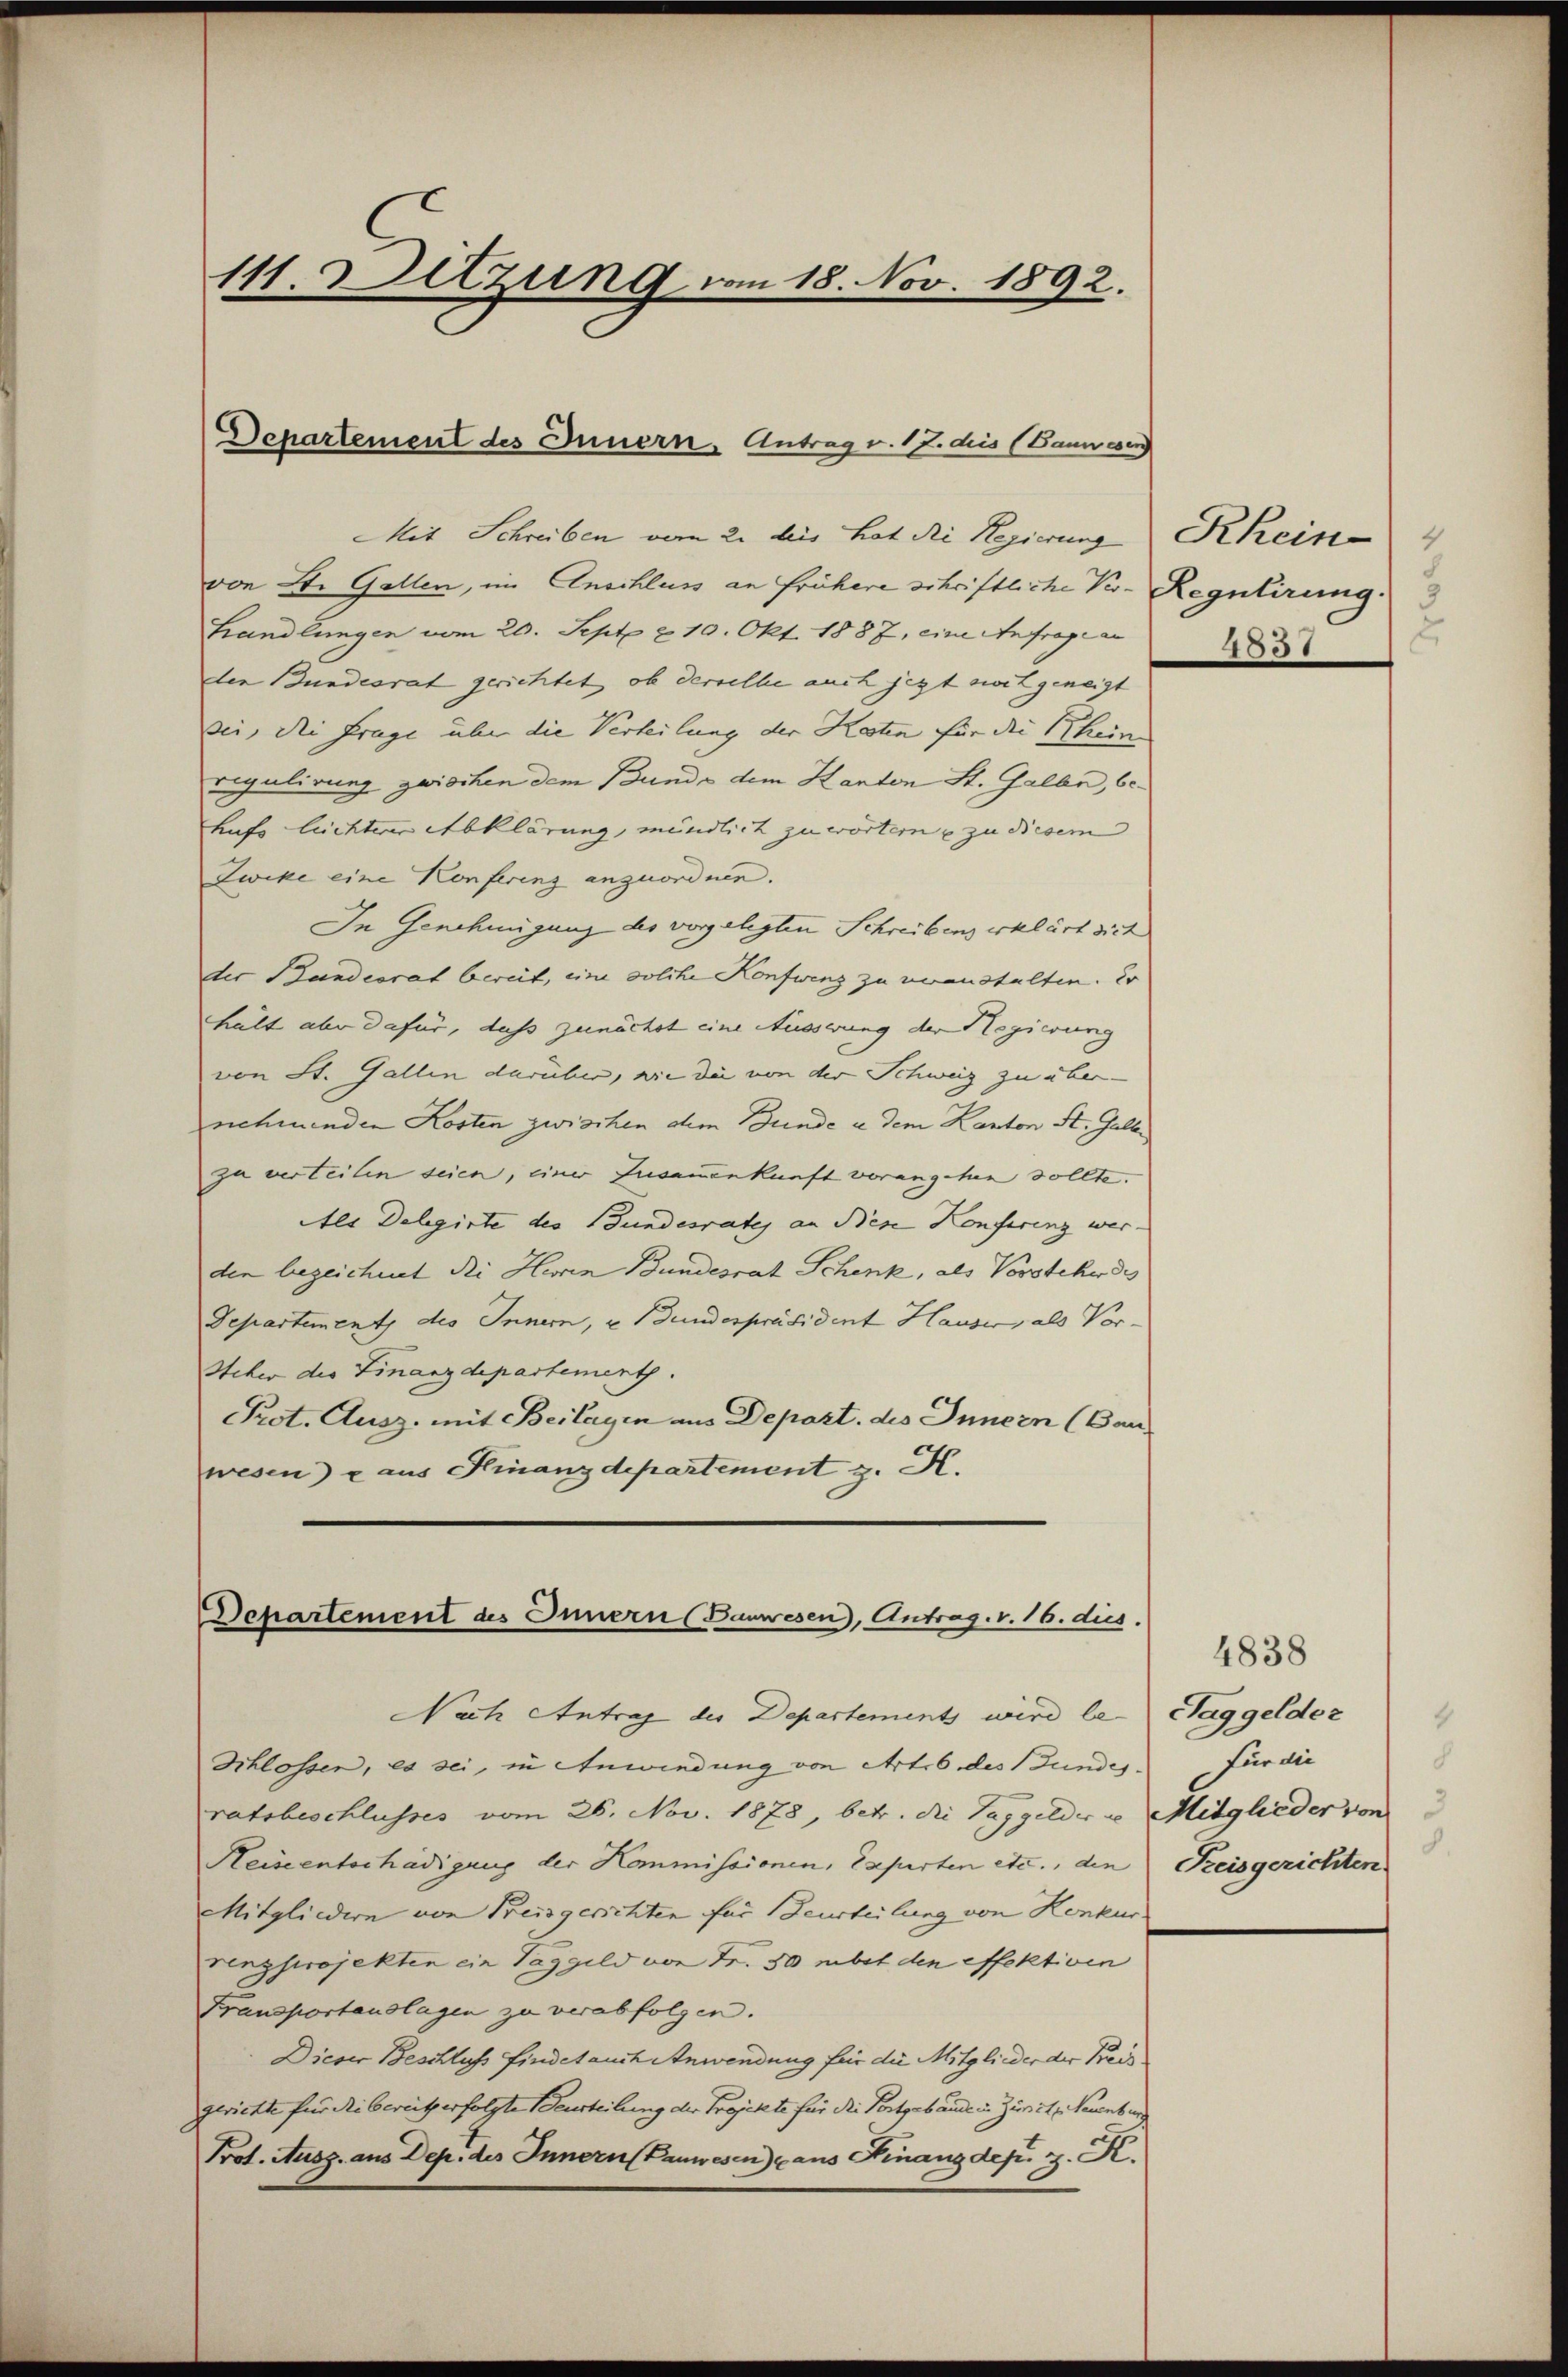
111. Detzung vom 18. Nov. 1892.

Departement des Innern, Antrag v. 17. dis (Bauwesen

Departement des Innern (Bauwesen, Antrag. v. 16. dies
Nach Antrag des Departements wird le Taggelder

Mit Schreiben vom 2. bis hat die Regierung Khein
von St. Gallen, im Anschluss an frühere schriftliche Vor- Regulirung.
Handlungen vom 20. Sept. u 10. Okt. 1887, eine Anfrage an
der Bundesrat gerichtet, ob derselbe auch jezt zweit geneigt
bei, die Frage über die Verteilung der Kosten für die Rheine
regulirung zwischen dem Bunde dem Kanton St. Galle, behufs Lichterer Abklärung, mündlich zu wörtere zu diesem
Zwike eine Konferenz anzuordnen.
In Genehmigung des vorgelegten Schreibens erklärt sich
der Bundesrat bereit, eine solche Konfwenz zu veranstalten. Er
hält aber dafür, dass zunächst eine Äusserung der Regierung
von St. Gallen darüber, wie die von der Schweiz zu über-
nehmenden Kosten zwischen dem Bunde u. dem Kanton St. Galle
zu verteilen seien, einer Zusamenkunft vorangehen sollte.
Als Delegirte des Bundesrates an diese Konferenz wer-
den bezeichnet die Herren Bundesrat Schenk, als Vorstehe des
Departement des Innern, u. Bundespräsident Hauser, als Vor¬
Steher der Finanzdepartement.
Prot. Ausz. mit Beilagen aus Depart. des Innern (Bauwesen) aus Finanzdepartement z. K.

Schlossen, es sei, in Anwendung von Art. 6 des Bundesratsbeschlusses vom 26. Nov. 1878, betr. die Taggelder u Mitglieder von
Reiseentschädigung der Kommissionen, Experten etc., den Kreisgerichten
Mitgliedern von Preisgerichten für Beurteilung von Konkur
renzprojekten ein Taggeld von Fr. 50 mit den effektiven
Fransportauslagen zu verabfolgen.
Dieser Beschluss findet auch Anwendung für die Mitglieder der Kreisgerichte für die bereitz erfolgte Beurteilung der Projekte für die Fortgebäude u. Zürich, Neuenbur
Prot. Ausg. aus Dep. des Innern (Panwesen) aus Finanzdep. z. K.

2
2051

4838
für die
8
8.